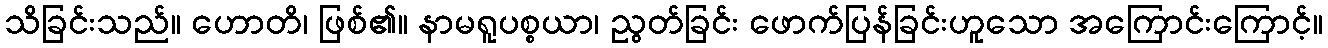
သိခြင်းသည်။ ဟောတိ၊ ဖြစ်၏။ နာမရူပစ္စယာ၊ ညွတ်ခြင်း ဖောက်ပြန်ခြင်းဟူသော အကြောင်းကြောင့်။